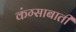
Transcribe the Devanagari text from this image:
कंग्साबाती